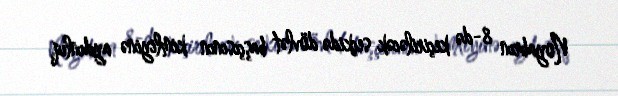
Noyabrın 8-də keçiriləcək seçkidə dövlət başçısının kimliyinə aydınlıq